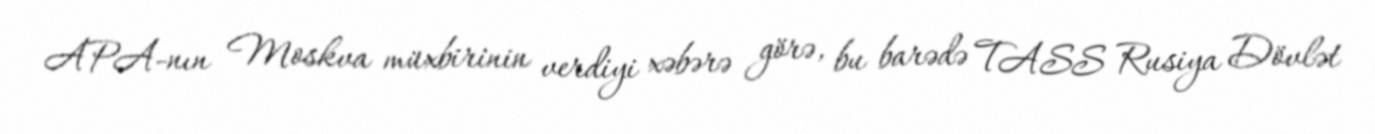
APA-nın Moskva müxbirinin verdiyi xəbərə görə, bu barədə TASS Rusiya Dövlət